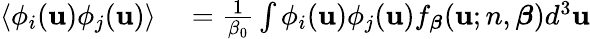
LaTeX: \begin{array}{rl}{\left<\phi_{i}(\mathbf{u})\phi_{j}(\mathbf{u})\right>}&{{}=\frac{1}{\beta_{0}}\int\phi_{i}(\mathbf{u})\phi_{j}(\mathbf{u})f_{\boldsymbol{\beta}}(\mathbf{u};n,\boldsymbol{\beta})d^{3}\mathbf{u}}\end{array}